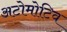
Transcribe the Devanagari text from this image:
अटोमोटिव